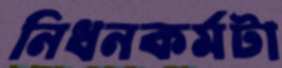
নিধনকর্মটা